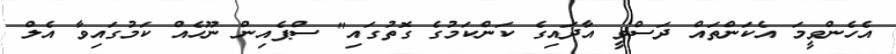
އެހެންވީމަ އެކަންތައް ދަސްވީ އާދައިގެ ކަންކަމުގެ ގޮތުގައި" ސްޕެއިން ނޫހެއް ކަމުގައިވާ އެލް